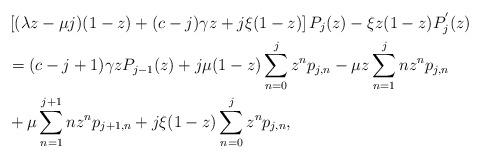
LaTeX: \begin{align*}&\left[ ( \lambda z - \mu j)(1-z) + (c-j)\gamma z + j\xi (1-z) \right]P_{j}(z) - \xi z (1-z)P^{'}_{j}(z)\\ &= (c-j+1)\gamma z P_{j-1}(z) + j \mu (1-z)\sum_{n=0}^{j}z^{n}p_{j,n} - \mu z \sum_{n=1}^{j} n z^{n}p_{j,n} \\ & + \mu \sum_{n=1}^{j+1} n z^{n} p_{j+1,n} +j\xi (1-z) \sum_{n=0}^{j} z^{n}p_{j,n},\end{align*}